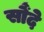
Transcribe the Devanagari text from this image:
सौंदे